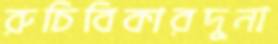
রুচিবিকারদুনা